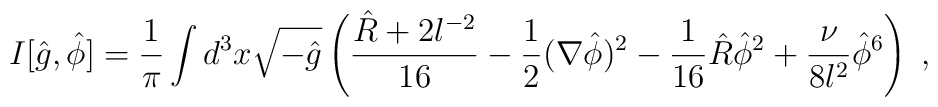
I[\hat{g},\hat{\phi}]=\frac{1}{\pi }\int d^{3}x\sqrt{-\hat{g}}\left( \frac{\hat{R}+2l^{-2}}{16}  - \frac{1}{2}(\nabla \hat{\phi})^{2}-\frac{1}{16}\hat{R}\hat{\phi}^{2}+\frac{\nu }{8l^{2}}\hat{\phi}^{6}\right) \;,